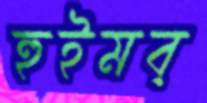
হুইমব্